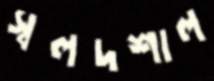
স্বলদশাল